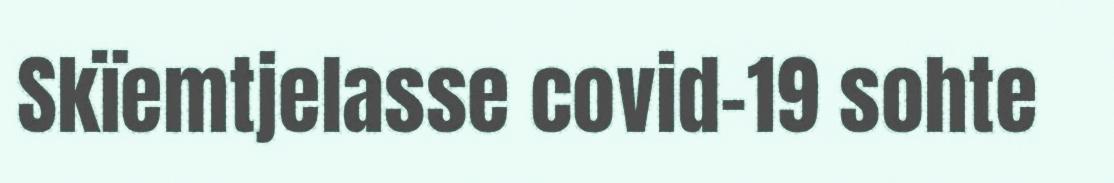
Skïemtjelasse covid-19 sohte